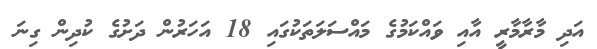
އަދި މާރާމާރީ އާއި ވައްކަމުގެ މައްސަލަތަކުގައި 18 އަހަރުން ދަށުގެ ކުދިން ގިނަ